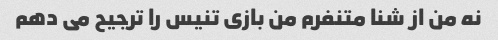
نه من از شنا متنفرم من بازی تنیس را ترجیح می دهم